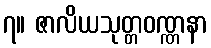
၇။ ဇာလိယသုတ္တဝဏ္ဏနာ